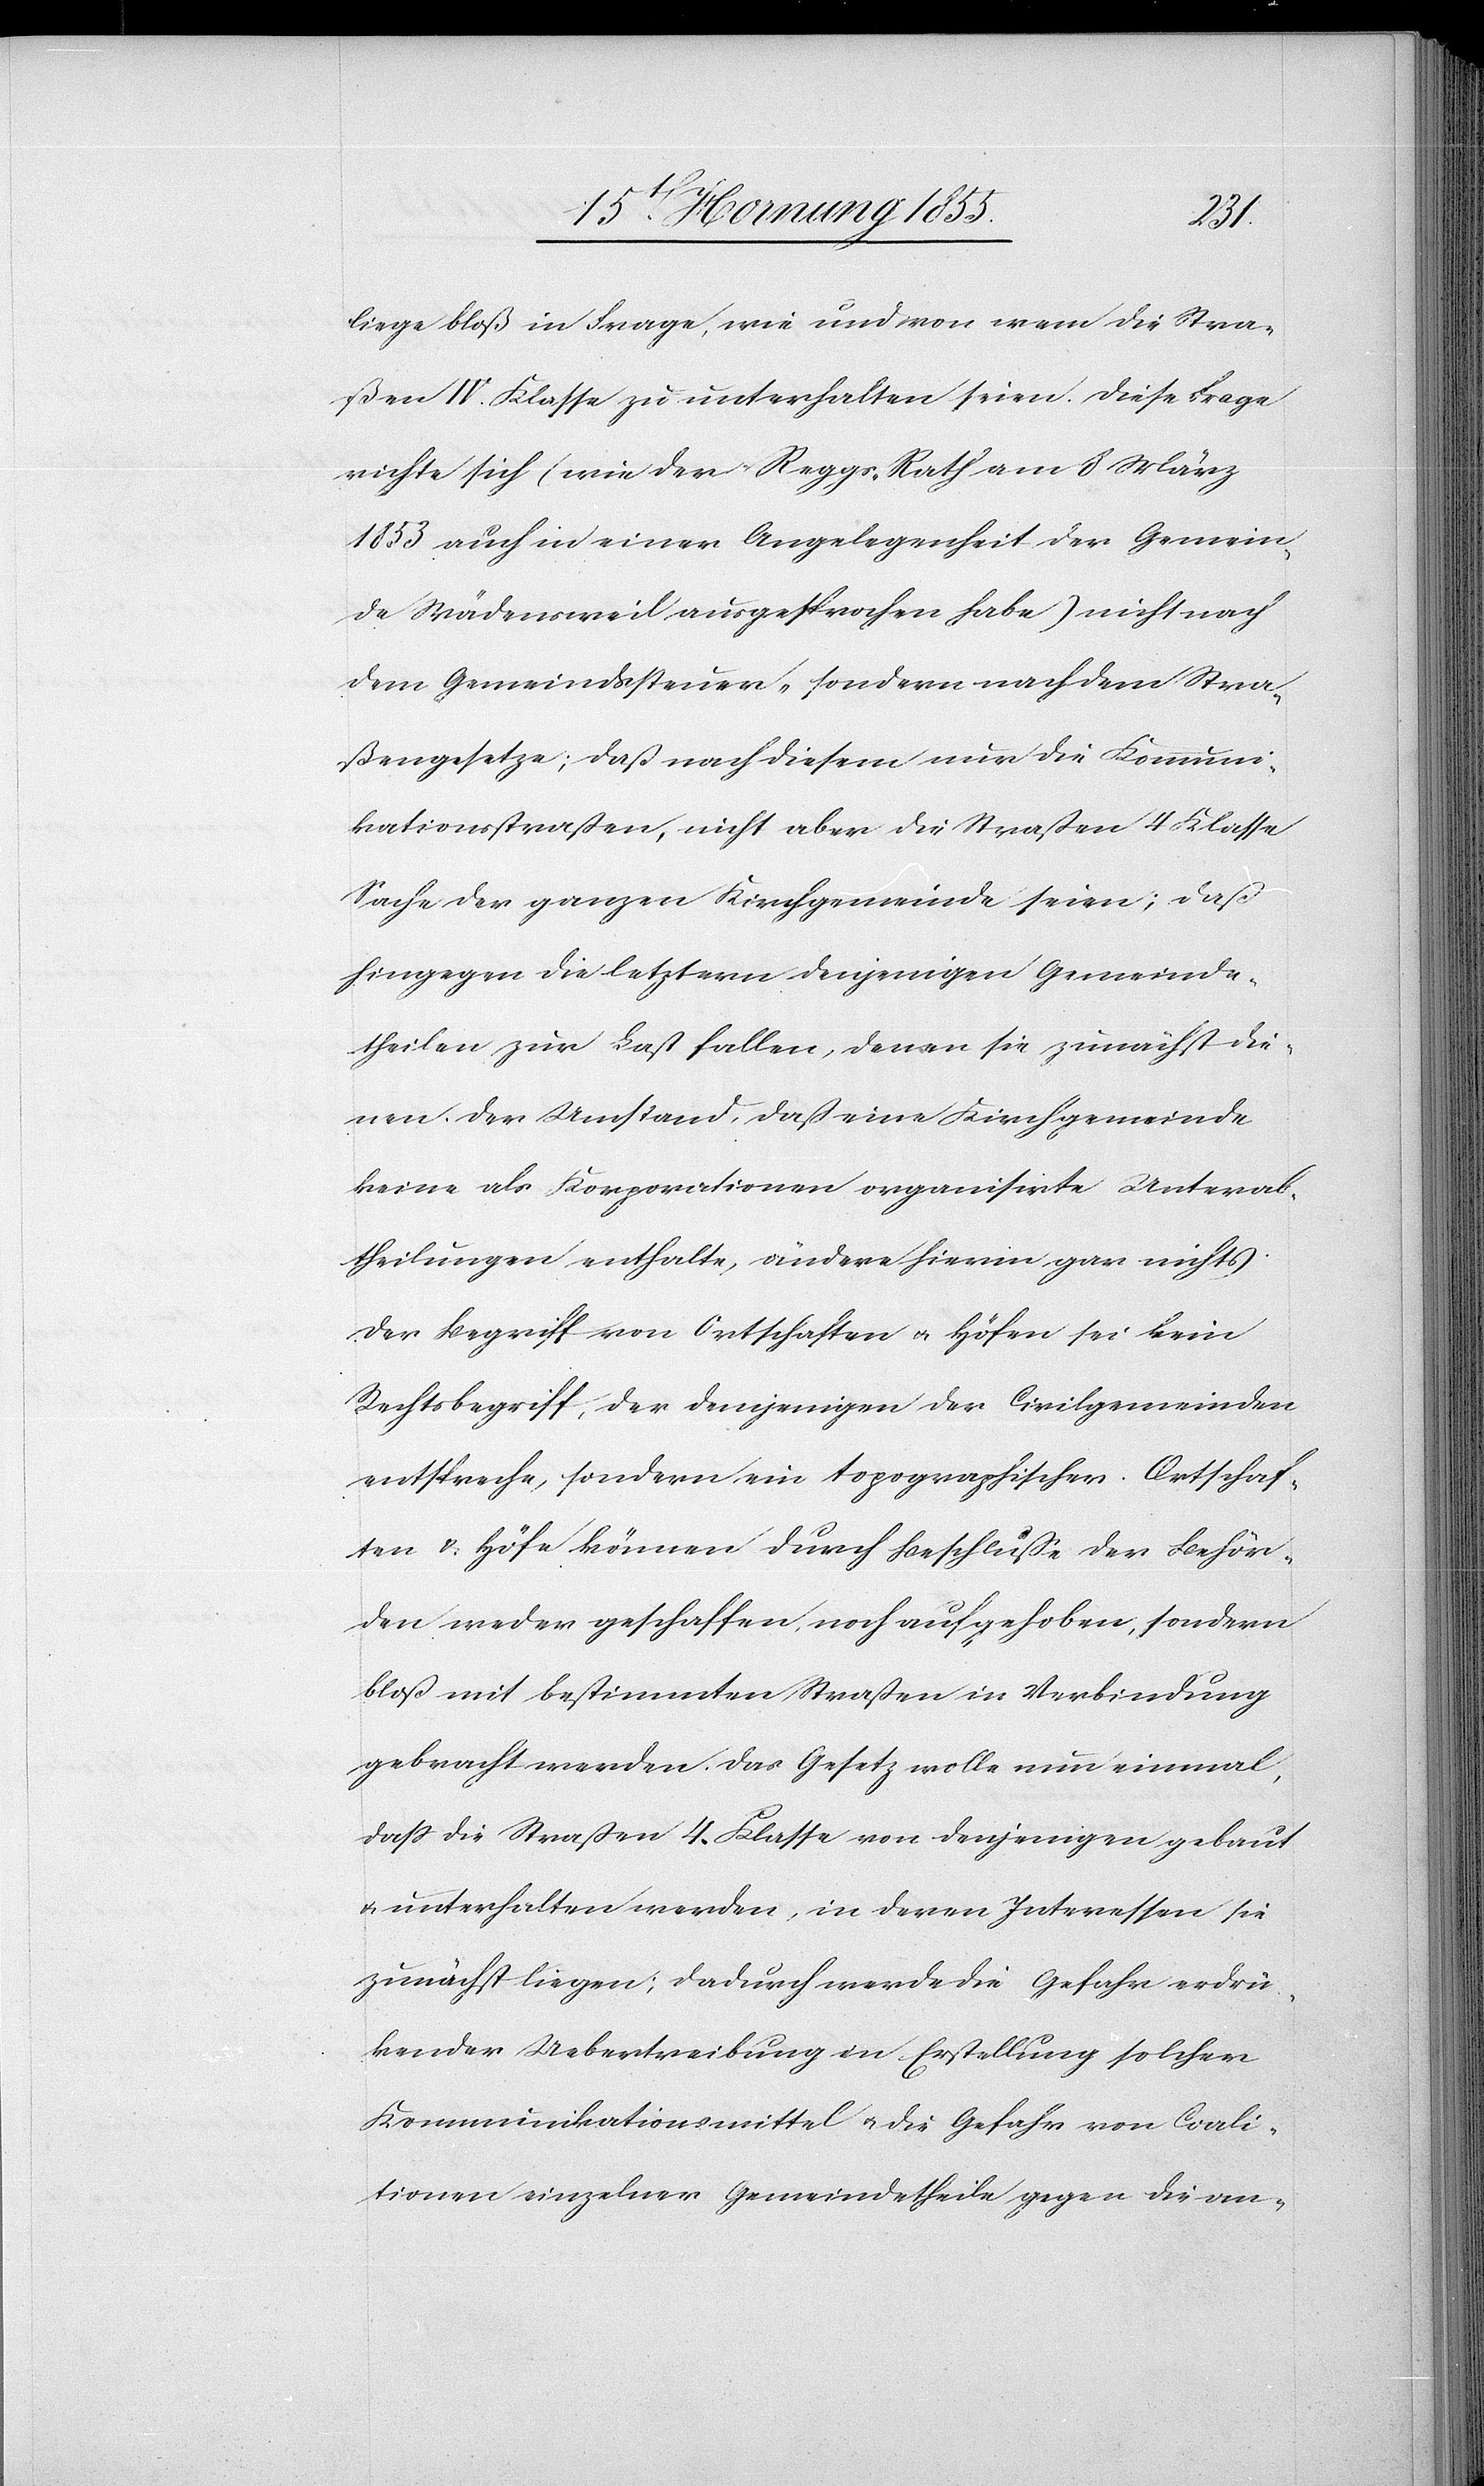
liege bloß in Frage, wie und von wem die Stra¬
ßen IV. Klasse zu unterhalten seien. Diese Frage
richte sich (wie der Reggs. Rath am 8 März
1853 auch in einer Angelegenheit der Gemein¬
de Wädensweil ausgesprochen habe) nicht nach
dem Gemeindssteuer- sondern nach dem Stra¬
ßengesetze; daß nach diesem nur die Kommuni¬
kationsstraßen, nicht aber die Straßen 4 Klasse
Sache der ganzen Kirchgemeinde seien; daß
hingegen die letztern denjenigen Gemeinde¬
theilen zur Last fallen, denen sie zunächst die¬
nen. Der Umstand, daß eine Kirchgemeinde
keine als Korporationen organisirte Unterab¬
theilungen enthalte, ändere hierin gar nichts.
Der Begriff von Ortschaften & Höfen sei kein
Rechtsbegriff, der demjenigen der Civilgemeinden
entspreche, sondern ein topographischer. Ortschaf¬
ten & Höfe können durch Beschlüsse der Behör¬
den weder geschaffen, noch aufgehoben, sondern
bloß mit bestimmten Straßen in Verbindung
gebracht werden. Das Gesetz wolle nun einmal,
dass die Straßen 4. Klasse von denjenigen gebaut
& unterhalten werden, in deren Interessen sie
zunächst liegen; dadurch werde die Gefahr erdrü¬
kender Uebertreibung in Erstellung solcher
Kommunikationsmittel & die Gefahr von Coali¬
tionen einzelner Gemeindetheile gegen die an-